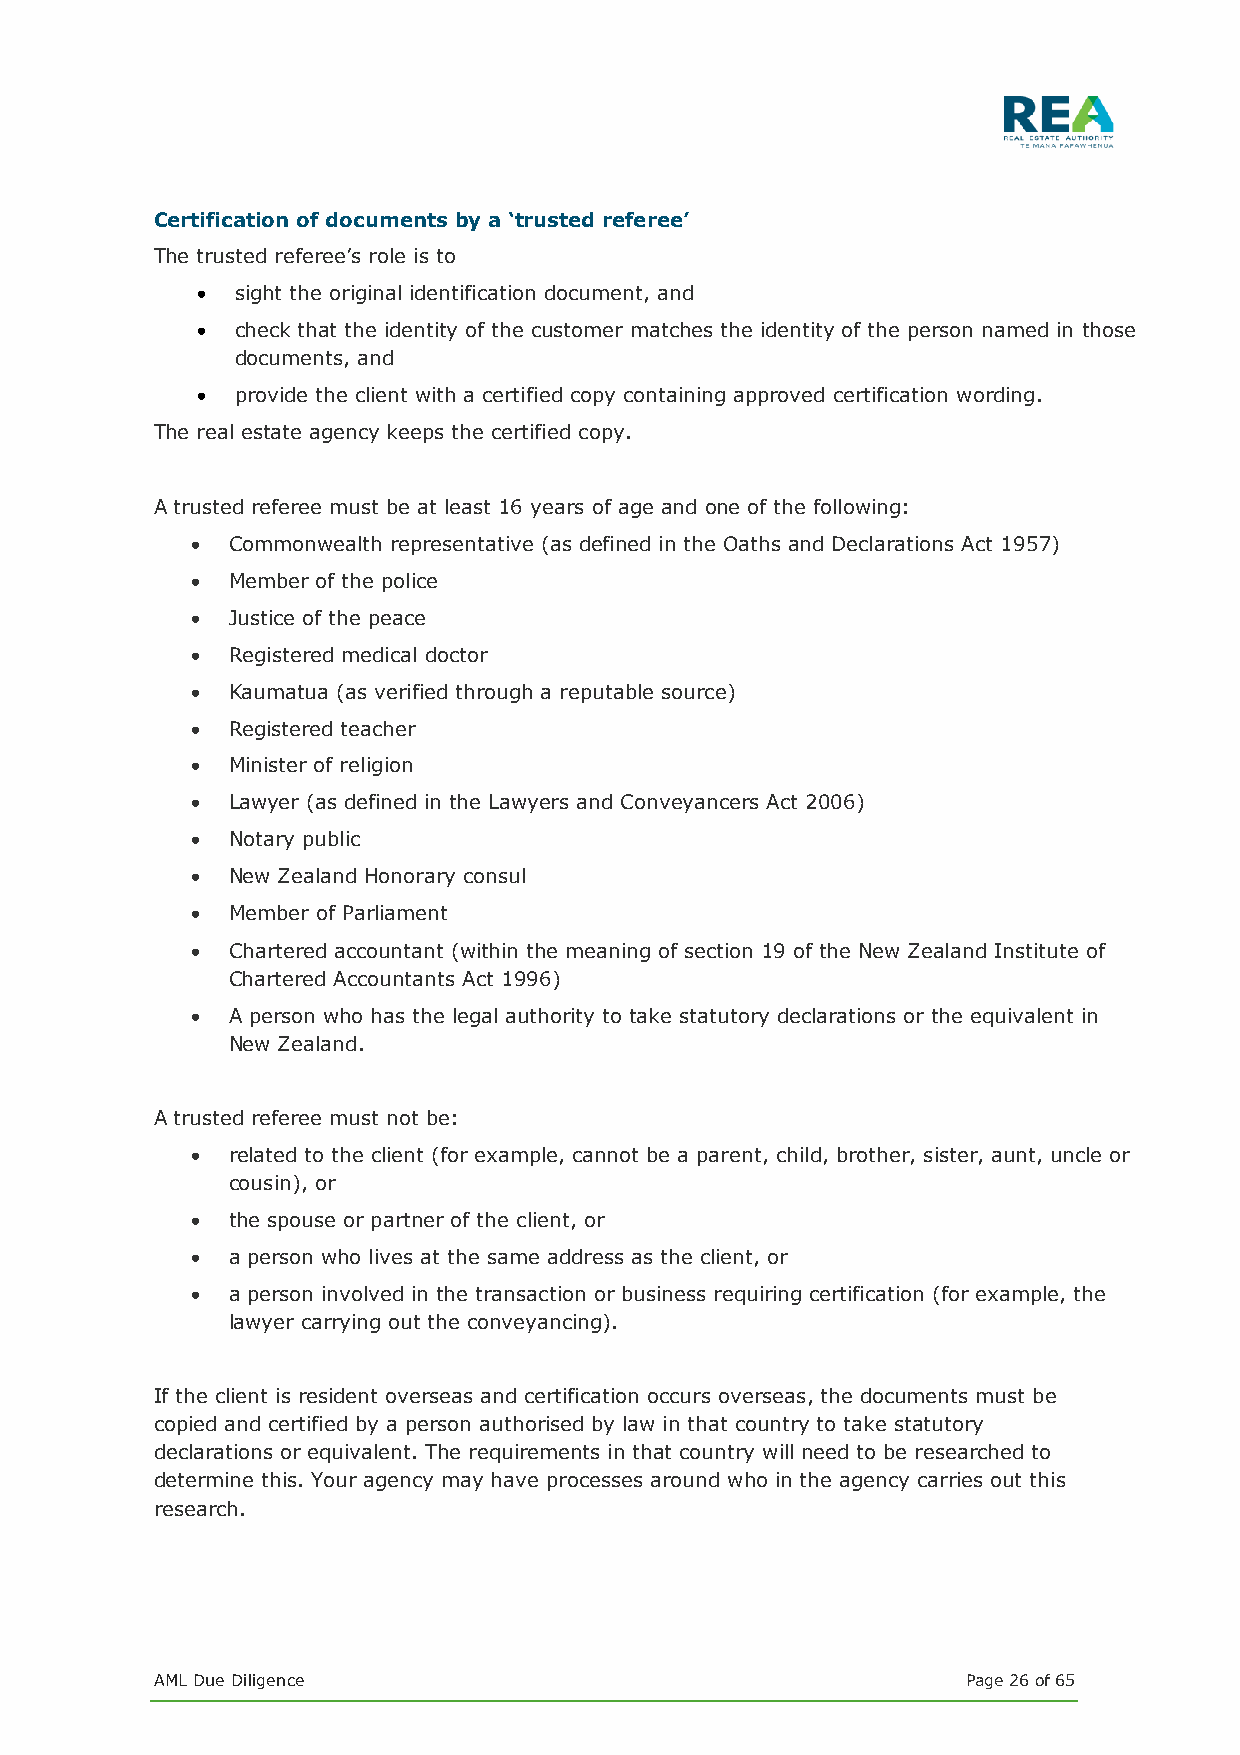
Certification of documents by a ‘trusted referee’
 The trusted referee’s role is to
 •  sight the original identification document, and
 •  check that the identity of the customer matches the identity of the person named in those
 documents, and
 •  provide the client with a certified copy containing approved certification wording.
 The real estate agency keeps the certified copy.
 A trusted referee must be at least 16 years of age and one of the following:
 • Commonwealth representative (as defined in the Oaths and Declarations Act 1957)
 • Member of the police
 • Justice of the peace
 • Registered medical doctor
 • Kaumatua (as verified through a reputable source)
 • Registered teacher
 • Minister of religion
 • Lawyer (as defined in the Lawyers and Conveyancers Act 2006)
 • Notary public
 • New Zealand Honorary consul
 • Member of Parliament
 • Chartered accountant (within the meaning of section 19 of the New Zealand Institute of
 Chartered Accountants Act 1996)
 • A person who has the legal authority to take statutory declarations or the equivalent in
 New Zealand.
 A trusted referee must not be:
 • related to the client (for example, cannot be a parent, child, brother, sister, aunt, uncle or
 cousin), or
 • the spouse or partner of the client, or
 • a person who lives at the same address as the client, or
 • a person involved in the transaction or business requiring certification (for example, the
 lawyer carrying out the conveyancing).
 If the client is resident overseas and certification occurs overseas, the documents must be
 copied and certified by a person authorised by law in that country to take statutory
 declarations or equivalent. The requirements in that country will need to be researched to
 determine this. Your agency may have processes around who in the agency carries out this
 research.
 AML Due Diligence                                     Page 26 of 65